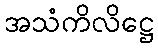
အသံကိလိဋ္ဌေ